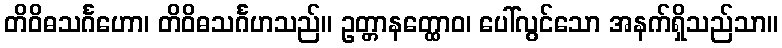
တိဝိဓသင်္ဂဟော၊ တိဝိဓသင်္ဂဟသည်။ ဥတ္တာနတ္ထောဝ၊ ပေါ်လွင်သော အနက်ရှိသည်သာ။